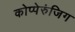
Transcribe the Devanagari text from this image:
कोप्पेरुंजिग